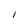
Character: I